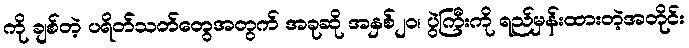
ကို ချစ်တဲ့ ပရိတ်သတ်တွေအတွက် အခုဆို အနှစ်၂၀၊ ပွဲကြီးကို ရည်မှန်းထားတဲ့အတိုင်း